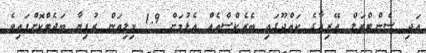
އަދި ސެންޓްރަލް އޭރިއާގެ ކައްދޫގައި ބެރެކްސްއެއް އެޅުމަށް 1.9 މިލިއަން ރުފިޔާ ބަޖެޓްކޮށްފައިވެ